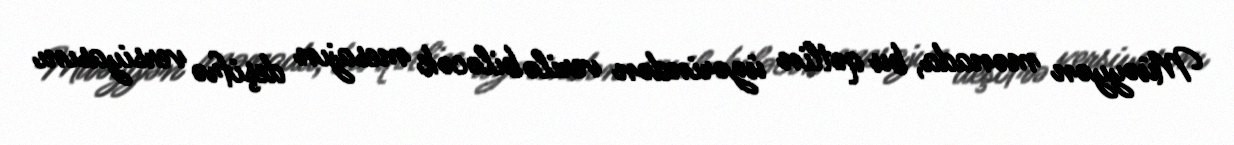
Müəyyən mənada, bu qətlin üzərindən verilə biləcək mesajın deşifrə versiyasını